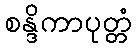
စန္ဒိကာပုတ္တံ